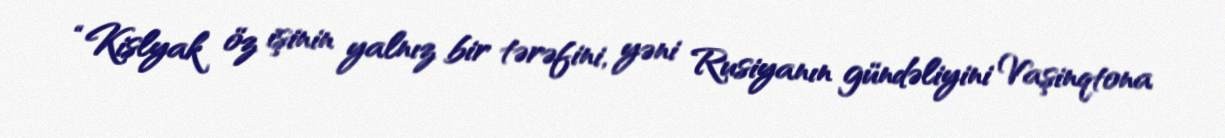
“Kislyak öz işinin yalnız bir tərəfini, yəni Rusiyanın gündəliyini Vaşinqtona